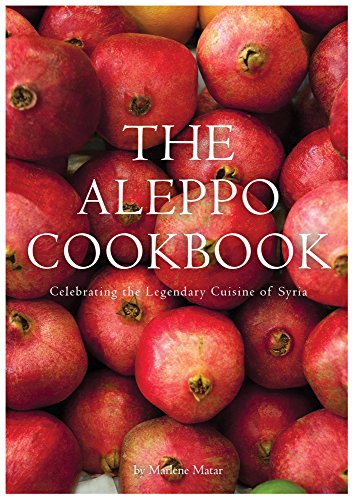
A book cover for The Aleppo Cookbook: Celebrating the Legendary Cuisine of Syria; Marlene Matar; Cookbooks, Food & Wine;